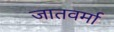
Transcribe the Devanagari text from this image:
जातवर्मा